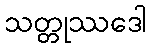
သတ္တုဿဒေါ